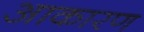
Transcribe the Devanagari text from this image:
आकारण